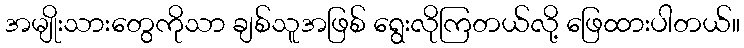
အမျိုးသားတွေကိုသာ ချစ်သူအဖြစ် ရွေးလိုကြတယ်လို့ ဖြေထားပါတယ်။